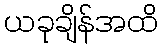
ယခုချိန်အထိ